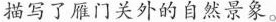
描写了雁门关外的自然景象。